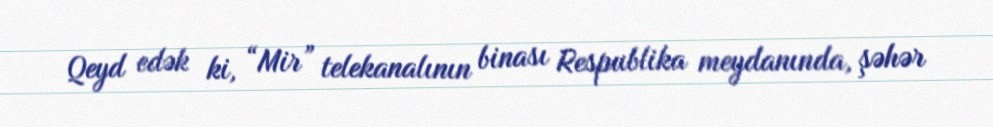
Qeyd edək ki, “Mir” telekanalının binası Respublika meydanında, şəhər